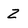
Character: 2